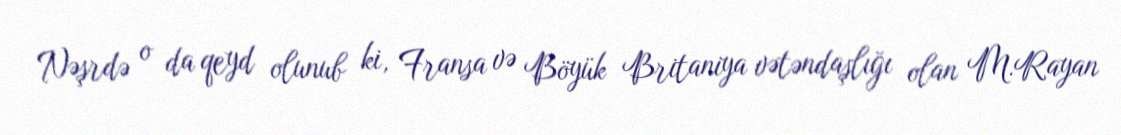
Nəşrdə o da qeyd olunub ki, Fransa və Böyük Britaniya vətəndaşlığı olan M.Rayan